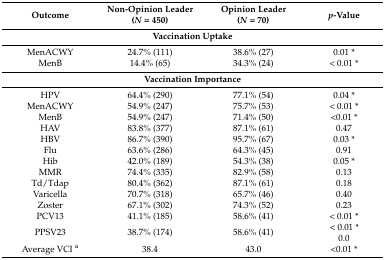
<table><thead><tr><td><b>Outcome</b></td><td><b>Non-Opinion Leader(<i>N</i> = 450)</b></td><td><b>Opinion Leader(<i>N</i> = 70)</b></td><td><b><i>p</i>-Value</b></td></tr></thead><tbody><tr><td colspan="4"><b>Vaccination Uptake</b></td></tr><tr><td>MenACWY</td><td>24.7% (111)</td><td>38.6% (27)</td><td>0.01 *</td></tr><tr><td>MenB</td><td>14.4% (65)</td><td>34.3% (24)</td><td>&lt; 0.01 *</td></tr><tr><td colspan="4"><b>Vaccination Importance</b></td></tr><tr><td>HPV</td><td>64.4% (290)</td><td>77.1% (54)</td><td>0.04 *</td></tr><tr><td>MenACWY</td><td>54.9% (247)</td><td>75.7% (53)</td><td>&lt; 0.01 *</td></tr><tr><td>MenB</td><td>54.9% (247)</td><td>71.4% (50)</td><td>&lt;0.01 *</td></tr><tr><td>HAV</td><td>83.8% (377)</td><td>87.1% (61)</td><td>0.47</td></tr><tr><td>HBV</td><td>86.7% (390)</td><td>95.7% (67)</td><td>0.03 *</td></tr><tr><td>Flu</td><td>63.6% (286)</td><td>64.3% (45)</td><td>0.91</td></tr><tr><td>Hib</td><td>42.0% (189)</td><td>54.3% (38)</td><td>0.05 *</td></tr><tr><td>MMR</td><td>74.4% (335)</td><td>82.9% (58)</td><td>0.13</td></tr><tr><td>Td/Tdap</td><td>80.4% (362)</td><td>87.1% (61)</td><td>0.18</td></tr><tr><td>Varicella</td><td>70.7% (318)</td><td>65.7% (46)</td><td>0.40</td></tr><tr><td>Zoster</td><td>67.1% (302)</td><td>74.3% (52)</td><td>0.23</td></tr><tr><td>PCV13</td><td>41.1% (185)</td><td>58.6% (41)</td><td>&lt; 0.01 *</td></tr><tr><td>PPSV23</td><td>38.7% (174)</td><td>58.6% (41)</td><td>&lt; 0.01 *0.0</td></tr><tr><td>Average VCI <sup>a</sup></td><td>38.4</td><td>43.0</td><td>&lt;0.01 *</td></tr></tbody></table>